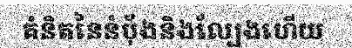
គំនិតនៃនំប៉័ងនិងល្បែងហើយ